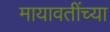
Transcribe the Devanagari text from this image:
मायावतींच्या